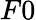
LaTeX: F0